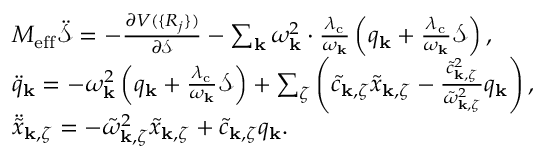
\begin{array} { r l } & { M _ { \mathrm { e f f } } \ddot { \mathcal { S } } = - \frac { \partial V ( \{ R _ { j } \} ) } { \partial \mathcal { S } } - \sum _ { \mathbf { k } } \omega _ { \mathbf { k } } ^ { 2 } \cdot \frac { \lambda _ { \mathrm { c } } } { \omega _ { \mathbf { k } } } \left( q _ { \mathrm { \mathbf { k } } } + \frac { \lambda _ { \mathrm { c } } } { \omega _ { \mathbf { k } } } \mathcal { S } \right) , } \\ & { \ddot { q } _ { \mathrm { \mathbf { k } } } = - \omega _ { \mathbf { k } } ^ { 2 } \left( q _ { \mathrm { \mathbf { k } } } + \frac { \lambda _ { \mathrm { c } } } { \omega _ { \mathbf { k } } } \mathcal { S } \right) + \sum _ { \zeta } \left( \tilde { c } _ { \mathbf { k } , \zeta } \tilde { x } _ { \mathbf { k } , \zeta } - \frac { \tilde { c } _ { \mathbf { k } , \zeta } ^ { 2 } } { \tilde { \omega } _ { \mathbf { k } , \zeta } ^ { 2 } } q _ { \mathrm { \mathbf { k } } } \right) , } \\ & { \ddot { \tilde { x } } _ { \mathbf { k } , \zeta } = - \tilde { \omega } _ { \mathbf { k } , \zeta } ^ { 2 } \tilde { x } _ { \mathbf { k } , \zeta } + \tilde { c } _ { \mathbf { k } , \zeta } q _ { \mathrm { \mathbf { k } } } . } \end{array}